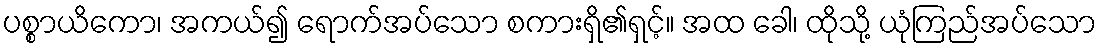
ပစ္စာယိကော၊ အကယ်၍ ရောက်အပ်သော စကားရှိ၏ရှင့်။ အထ ခေါ၊ ထိုသို့ ယုံကြည်အပ်သော